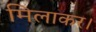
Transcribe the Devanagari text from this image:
मिलाकर।